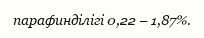
парафинділігі 0,22 – 1,87%.